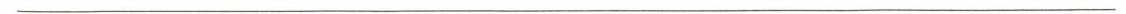
___